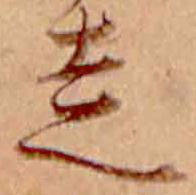
走